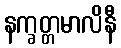
နက္ခတ္တမာလိနီ